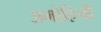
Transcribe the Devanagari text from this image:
अमोहिनी